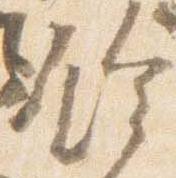
鈴